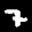
Label: 7